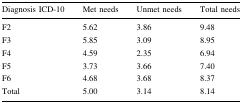
<table><thead><tr><td><b>Diagnosis ICD-10</b></td><td><b>Met needs</b></td><td><b>Unmet needs</b></td><td><b>Total needs</b></td></tr></thead><tbody><tr><td>F2</td><td>5.62</td><td>3.86</td><td>9.48</td></tr><tr><td>F3</td><td>5.85</td><td>3.09</td><td>8.95</td></tr><tr><td>F4</td><td>4.59</td><td>2.35</td><td>6.94</td></tr><tr><td>F5</td><td>3.73</td><td>3.66</td><td>7.40</td></tr><tr><td>F6</td><td>4.68</td><td>3.68</td><td>8.37</td></tr><tr><td>Total</td><td>5.00</td><td>3.14</td><td>8.14</td></tr></tbody></table>